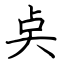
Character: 奌